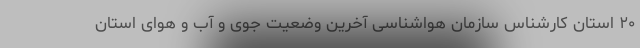
۲۰ استان کارشناس سازمان هواشناسی آخرین وضعیت جوی و آب و هوای استان